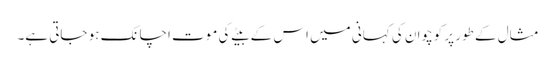
مثال کے طور پر کوچوان کی کہانی میں اس کے بیٹے کی موت اچانک ہو جاتی ہے۔